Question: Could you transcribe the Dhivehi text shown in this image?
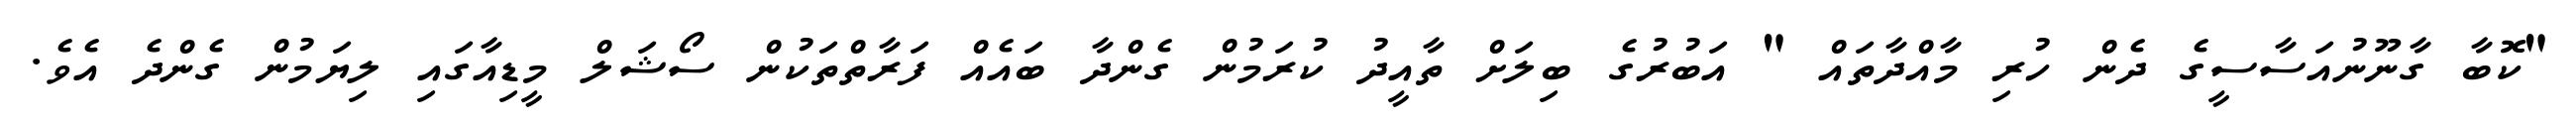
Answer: "ކޮބާ ގާނޫނުއަސާސީގެ ދެން ހުރި މާއްދާތައް " އަބުރުގެ ބިލަށް ތާއީދު ކުރަމުން ގެންދާ ބައެއް ފަރާތްތަކުން ސޯޝަލް މީޑިއާގައި ލިޔަމުން ގެންދެ އެވެ.